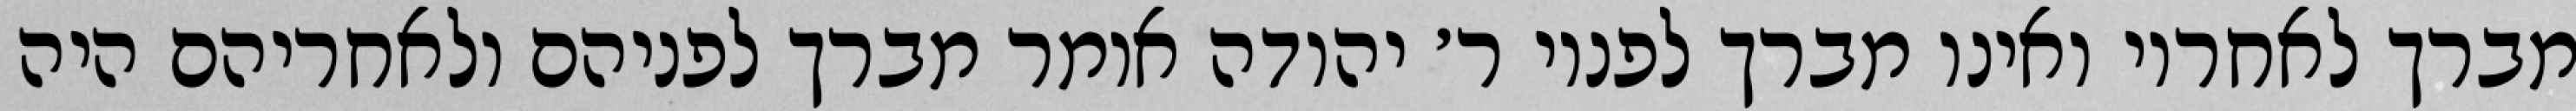
מברך לאחריו ואינו מברך לפניו ר׳ יהודה אומר מברך לפניהם ולאחריהם היה